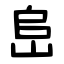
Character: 峊